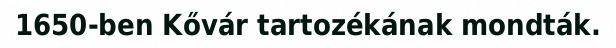
1650-ben Kővár tartozékának mondták.